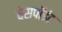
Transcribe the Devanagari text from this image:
बेसपॉइंट